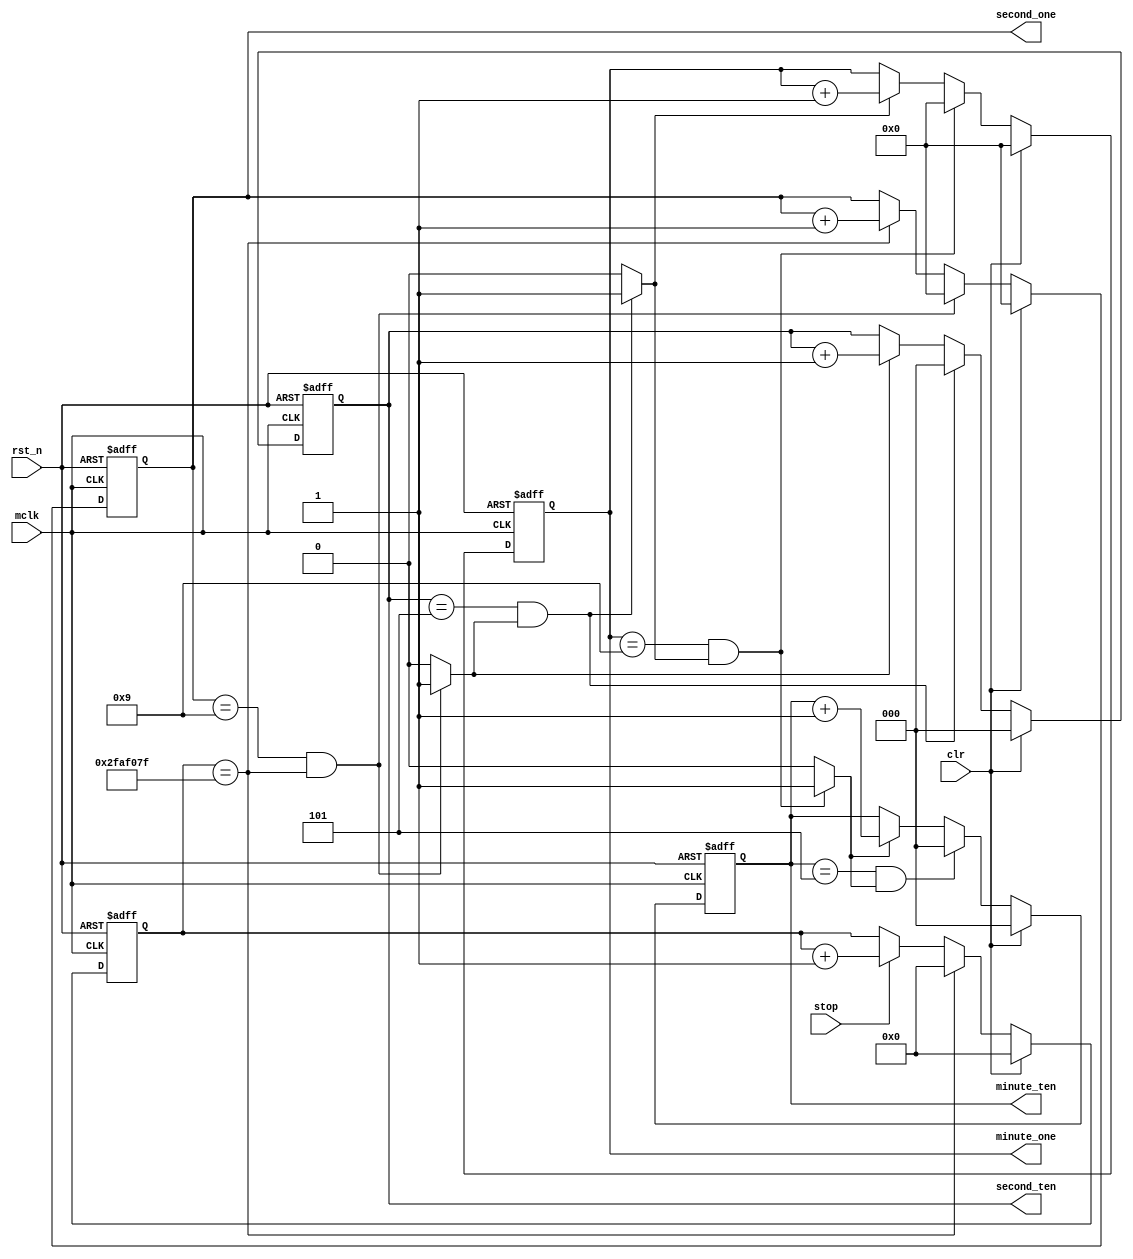
`timescale 1ns / 1ps
//////////////////////////////////////////////////////////////////////////////////
// Company: 
// Engineer: 
// 
// Design Name: 
// Module Name:    cnt_second 
// Project Name: 
// Target Devices: 
// Tool versions: 
// Description: 
//
// Dependencies: 
//
// Revision: 
// Revision 0.01 - File Created
// Additional Comments: 
//
//////////////////////////////////////////////////////////////////////////////////
module cnt_second(
			input mclk,
			input rst_n,
			input stop,
			input clr,
			output reg [2:0] minute_ten,
			output reg [3:0] minute_one,
			output reg [2:0] second_ten,
			output reg [3:0] second_one
    );
    
    parameter TIME = 26'd49999999;
    //parameter TIME = 26'd49;//
    
    reg [25:0] cnt;
    wire flag_second_one;//9
    wire flag_second_ten;//95
    wire flag_minute_one;//959
    
    always @(posedge mclk or negedge rst_n)
    begin
    	if(!rst_n)
    		cnt <= 26'b0;
    	else if(clr)
    		cnt <= 26'b0;
    	else if(cnt == TIME)
    		cnt <= 26'b0;
    	else if(stop)
    		cnt <= cnt + 1'b1;
    	else 
    		cnt <= cnt;
    	end
    
    //
    always @(posedge mclk or negedge rst_n)
    begin
    	if(!rst_n)
    		second_one <= 4'b0;
    	else if(clr)
    		second_one <= 4'b0;
    	else if(second_one == 9 && cnt == TIME)
    		second_one <= 4'b0;
    	else if(cnt == TIME)
    		second_one <= second_one + 1'b1;
    	else 
    		second_one <= second_one;
    	end
    assign flag_second_one = (second_one == 9 && cnt == TIME)?1'b1:1'b0;
    
    //
    always @(posedge mclk or negedge rst_n)
    begin
    	if(!rst_n)
    		second_ten <= 3'b0;
    	else if(clr)
    		second_ten <= 3'b0;
    	else if(second_ten == 5 && flag_second_one)
    		second_ten <= 3'b0;
    	else if(flag_second_one)
    		second_ten <= second_ten + 1'b1;
    	end 
    assign flag_second_ten = (second_ten == 5 && flag_second_one)?1'b1:1'b0;
    
    //
    always @(posedge mclk or negedge rst_n)
    begin
    	if(!rst_n)
    		minute_one <= 4'b0;
    	else if(clr)
    		minute_one <= 4'b0;
    	else if(minute_one == 9 && flag_second_ten)
    		minute_one <= 4'b0;
    	else if(flag_second_ten)
    		minute_one <= minute_one + 1'b1;
    	else 
    		minute_one <= minute_one;
    	end
    assign flag_minute_one = (minute_one == 9 && flag_second_ten)?1'b1:1'b0;
    
    //
    always @(posedge mclk or negedge rst_n)
    begin
    	if(!rst_n)
    		minute_ten <= 3'b0;
    	else if(clr)
    		minute_ten <= 3'b0;
    	else if(minute_ten == 5 && flag_minute_one)
    		minute_ten <= 3'b0;
    	else if(flag_minute_one)
    		minute_ten <= minute_ten + 1'b1;
    	else 
    		minute_ten <= minute_ten;
    	end


endmodule